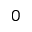
0